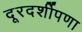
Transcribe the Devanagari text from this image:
दूरदर्शीपणा